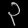
Digit: ၃